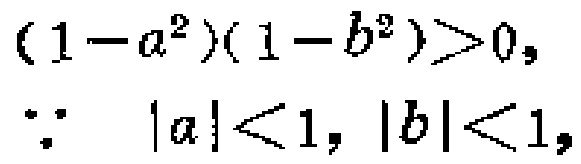
\((1 - a^{2})(1 - b^{2})>0,\)

\(\because\quad |a|<1, |b|<1,\)